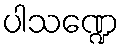
ပါသဏ္ဍေ